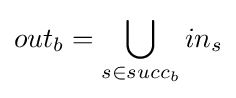
out_{b}=\bigcup _{s\in succ_{b}}in_{s}